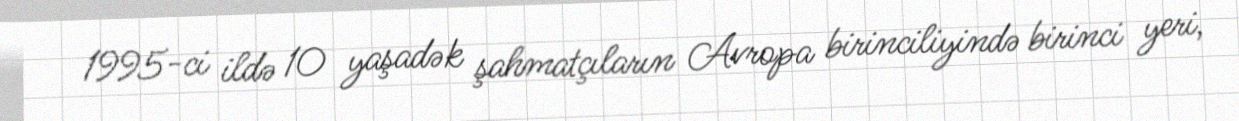
1995-ci ildə 10 yaşadək şahmatçıların Avropa birinciliyində birinci yeri,